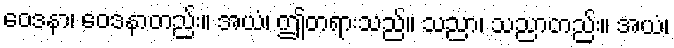
ဝေဒနာ၊ ဝေဒနာတည်း။ အယံ၊ ဤတရားသည်။ သညာ၊ သညာတည်း။ အယံ၊